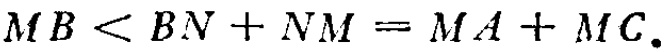
\(MB < BN + NM = MA + MC.\)